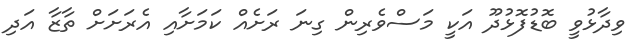
ވިދާޅުވީ ބޮޑުފޮޅުދޫ އަކީ މަސްވެރިން ގިނަ ރަށެއް ކަމަށާއި އެރަށަށް ތާޒާ އަދި